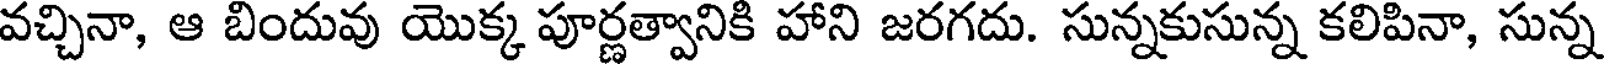
వచ్చినా, ఆ బిందువు యొక్క పూర్ణత్వానికి హాని జరగదు. సున్నకుసున్న కలిపినా, సున్న